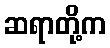
ဆရာတို့က